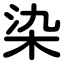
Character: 染